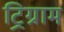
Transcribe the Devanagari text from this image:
ट्रिग्राम